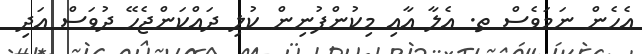
އެހެން ނަމަވެސް ތ. އެލާ އާއި މިކުންފުނިން ކުލި ދައްކަންޖެހޭ ދުވަސް އަދި